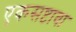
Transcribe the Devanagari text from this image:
एकसष्टावा